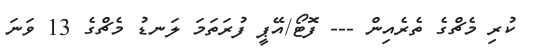
ކުރި މެޗްގެ ތެރެއިން --- ފޮޓޯ/އޭޕީ ފުރަތަމަ ލަނޑު މެޗްގެ 13 ވަނަ